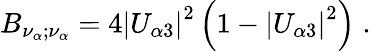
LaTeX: B_{\nu_{\alpha};\nu_{\alpha}}=4\left|U_{\alpha 3}\right|^{2}\left(1-\left|U_{\alpha 3}\right|^{2}\right)\; .